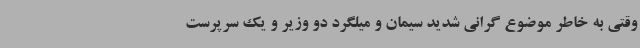
وقتی به خاطر موضوع گرانی شدید سیمان و میلگرد دو وزیر و یک سرپرست